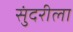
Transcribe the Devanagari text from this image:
सुंदरीला